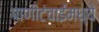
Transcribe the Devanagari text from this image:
पाणीटंचाईमध्ये